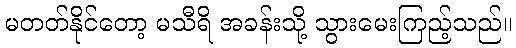
မတတ်နိုင်တော့ မသီရိ အခန်းသို့ သွားမေးကြည့်သည်။